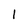
Character: 1